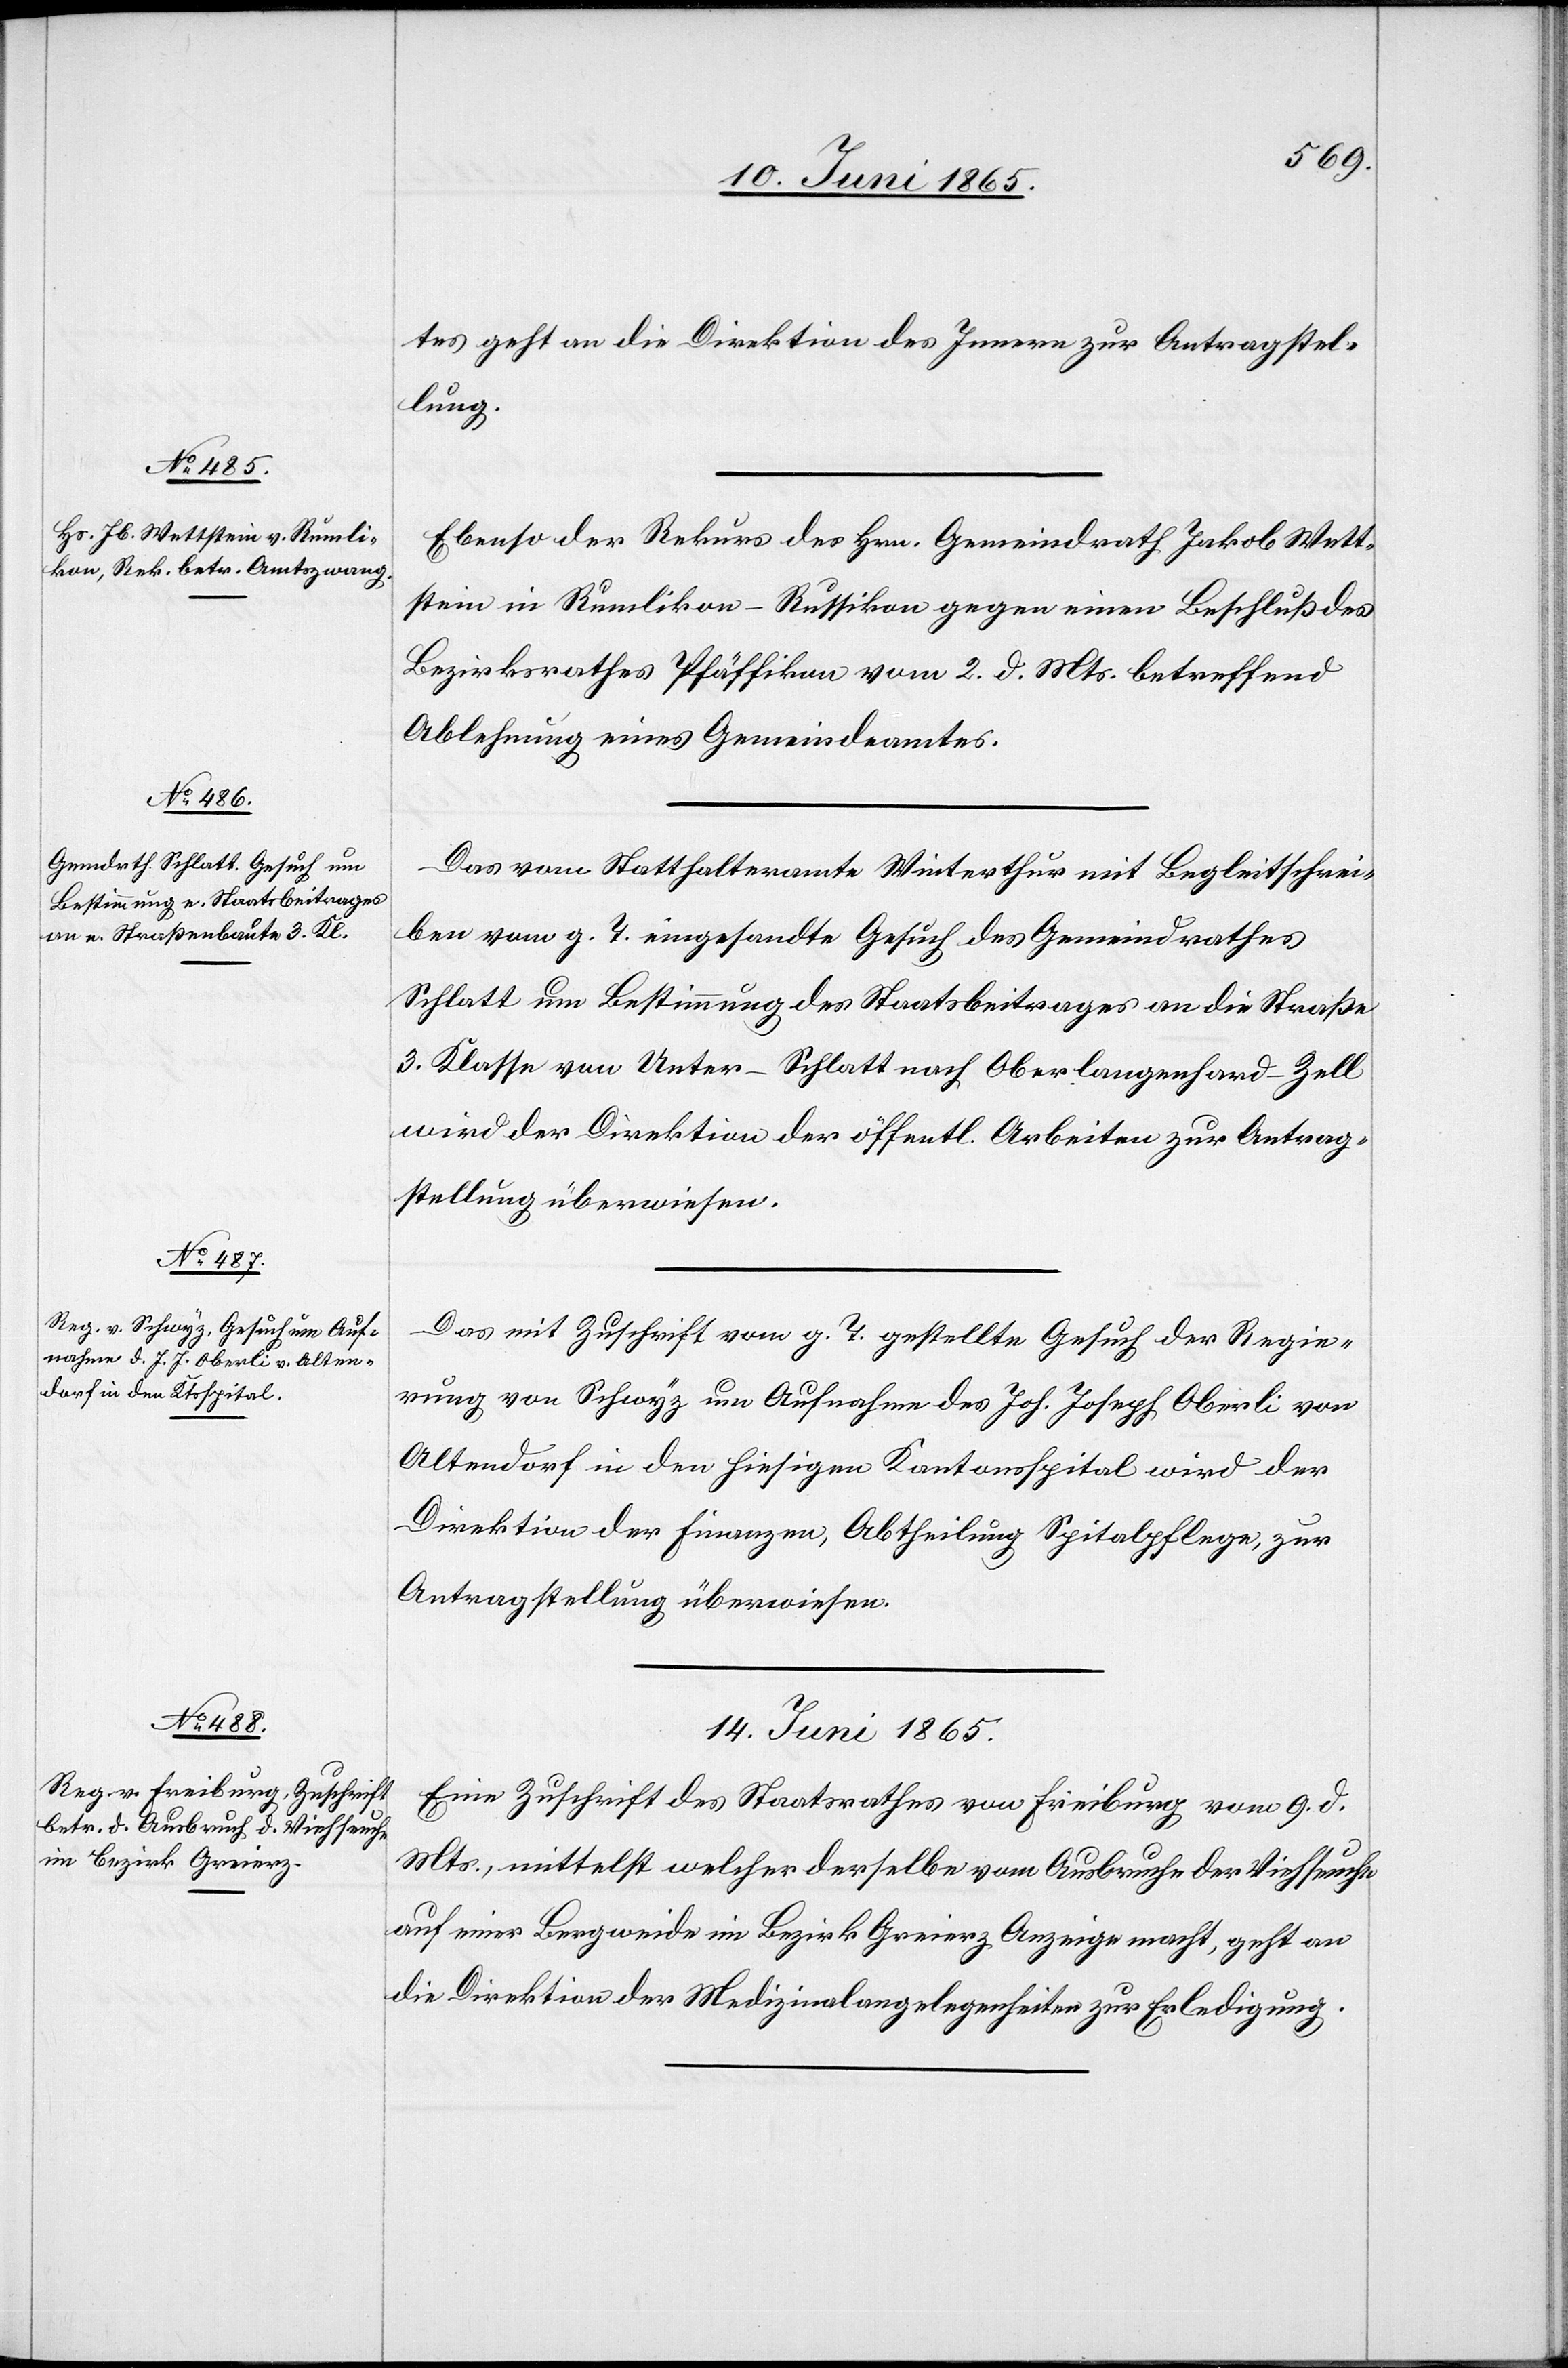
13. Juni 1865.]
tes geht an die Direktion des Innern zur Antragstel¬
lung.
Ebenso der Rekurs des Hrn. Gemeindrath Jakob Wett¬
stein in Rumlikon-Russikon gegen einen Beschluß des
Bezirksrathes Pfäffikon vom 2. d. Mts. betreffend
Ablehnung eines Gemeindeamtes.
Das vom Statthalteramte Winterthur mit Begleitschrei¬
ben vom g. T. eingesandte Gesuch des Gemeindrathes
Schlatt um Bestimmung des Staatsbeitrages an die Straße
3. Klasse von Unter-Schlatt nach Oberlangenhard-Zell
wird der Direktion der öffentl. Arbeiten zur Antrag¬
stellung überwiesen.
Das mit Zuschrift vom g. T. gestellte Gesuch der reg
Altendorf in den hiesigen Kantonsspital wird der
Direktion der Finanzen, Abtheilung Spitalpflege, zur
Antragstellung überwiesen.
14. Juni 1865.
Eine Zuschrift des Staatsrathes von Freiburg vom 9. d.
Mts., mittelst welcher derselbe vom Ausbruche der Viehseuche
auf einer Bergweide im Bezirk Greierz Anzeige macht, geht an
die Direktion der Medizinalangelegenheiten zur Erledigung.